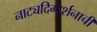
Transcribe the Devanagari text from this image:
नाट्यदिग्दर्शनाची